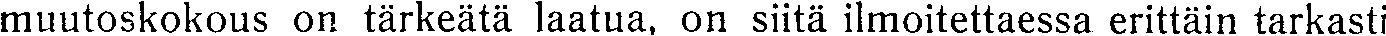
muutoskokous on tärkeätä laatua, on siitä ilmoitettaessa erittäin tarkasti